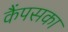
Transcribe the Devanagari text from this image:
कैंपसका